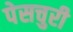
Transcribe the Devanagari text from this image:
पेसचुरी